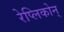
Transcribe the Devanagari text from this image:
रेप्लिकोन्